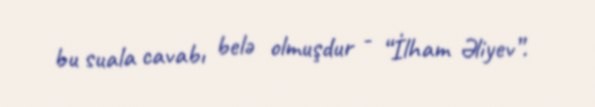
bu suala cavabı belə olmuşdur - “İlham Əliyev”.